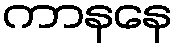
ကာနနေ